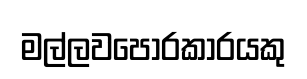
මල්ලවපොරකාරයකු